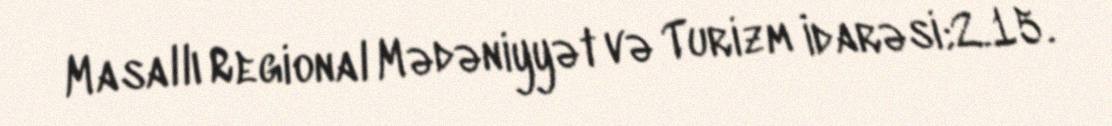
Masallı Regional Mədəniyyət və Turizm İdarəsi;2.15.